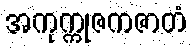
အကုက္ကုဇကဇာတံ